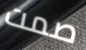
صمت